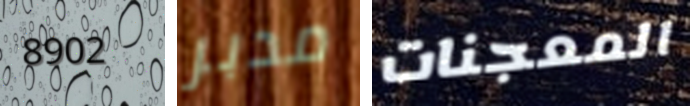
8902 مدبر المعجنات